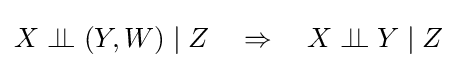
X\perp \!\!\!\perp (Y,W)\mid Z\quad \Rightarrow \quad X\perp \!\!\!\perp Y\mid Z